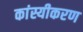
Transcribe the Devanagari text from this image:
कांस्यीकरण